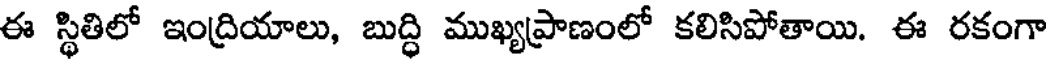
ఈ స్థితిలో ఇంద్రియాలు, బుద్ధి ముఖ్యప్రాణంలో కలిసిపోతాయి. ఈ రకంగా